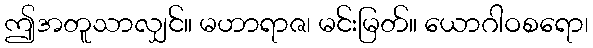
ဤအတူသာလျှင်။ မဟာရာဇ၊ မင်းမြတ်။ ယောဂါဝစရော၊